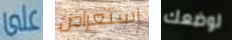
على إستعراض لوضعك